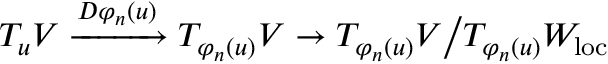
T _ { u } V \xrightarrow { D \varphi _ { n } ( u ) } T _ { \varphi _ { n } ( u ) } V \rightarrow T _ { \varphi _ { n } ( u ) } V \big / T _ { \varphi _ { n } ( u ) } W _ { \mathrm { l o c } }